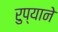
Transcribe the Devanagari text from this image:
रुप्याने